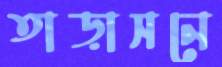
তাড়াসনে